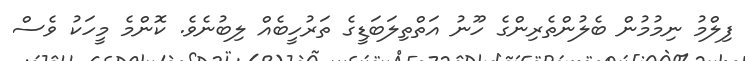
ފިލްމު ނިމުމުން ބެލުންތެރިންގެ ހޫނު އަތްތިލަބަޑީގެ ތަރުހީބެއް ލިބުނެވެ. ކޮންމެ މީހަކު ވެސް